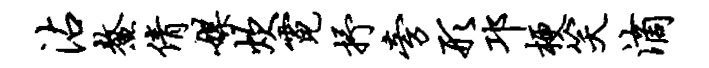
沾鳌倩媒炊霓抒旁形邛梗笑滴